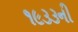
૧૯૩૩ની